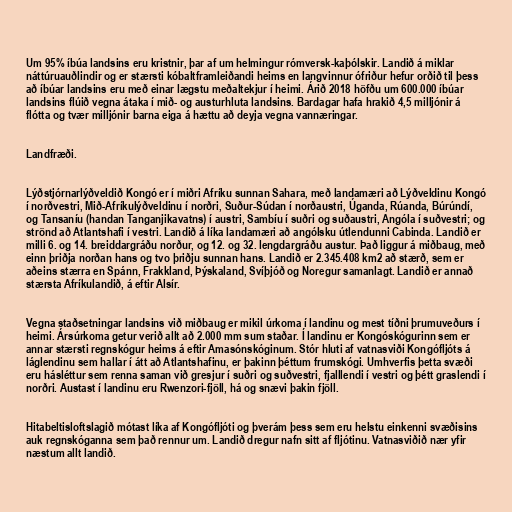
Um 95% íbúa landsins eru kristnir, þar af um helmingur rómversk-kaþólskir. Landið á miklar
náttúruauðlindir og er stærsti kóbaltframleiðandi heims en langvinnur ófriður hefur orðið til þess
að íbúar landsins eru með einar lægstu meðaltekjur í heimi. Árið 2018 höfðu um 600.000 íbúar
landsins flúið vegna átaka í mið- og austurhluta landsins. Bardagar hafa hrakið 4,5 milljónir á
flótta og tvær milljónir barna eiga á hættu að deyja vegna vannæringar.

Landfræði.

Lýðstjórnarlýðveldið Kongó er í miðri Afríku sunnan Sahara, með landamæri að Lýðveldinu Kongó
í norðvestri, Mið-Afríkulýðveldinu í norðri, Suður-Súdan í norðaustri, Úganda, Rúanda, Búrúndí,
og Tansaníu (handan Tanganjikavatns) í austri, Sambíu í suðri og suðaustri, Angóla í suðvestri; og
strönd að Atlantshafi í vestri. Landið á líka landamæri að angólsku útlendunni Cabinda. Landið er
milli 6. og 14. breiddargráðu norður, og 12. og 32. lengdargráðu austur. Það liggur á miðbaug, með
einn þriðja norðan hans og tvo þriðju sunnan hans. Landið er 2.345.408 km2 að stærð, sem er
aðeins stærra en Spánn, Frakkland, Þýskaland, Svíþjóð og Noregur samanlagt. Landið er annað
stærsta Afríkulandið, á eftir Alsír.

Vegna staðsetningar landsins við miðbaug er mikil úrkoma í landinu og mest tíðni þrumuveðurs í
heimi. Ársúrkoma getur verið allt að 2.000 mm sum staðar. Í landinu er Kongóskógurinn sem er
annar stærsti regnskógur heims á eftir Amasónskóginum. Stór hluti af vatnasviði Kongófljóts á
láglendinu sem hallar í átt að Atlantshafinu, er þakinn þéttum frumskógi. Umhverfis þetta svæði
eru hásléttur sem renna saman við gresjur í suðri og suðvestri, fjalllendi í vestri og þétt graslendi í
norðri. Austast í landinu eru Rwenzori-fjöll, há og snævi þakin fjöll.

Hitabeltisloftslagið mótast líka af Kongófljóti og þverám þess sem eru helstu einkenni svæðisins
auk regnskóganna sem það rennur um. Landið dregur nafn sitt af fljótinu. Vatnasviðið nær yfir
næstum allt landið.